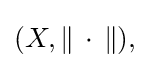
{\textstyle (X,\|\,\cdot \,\|),}